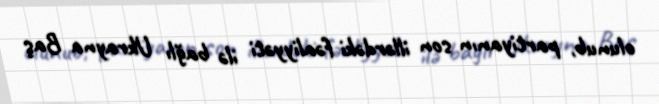
olunub, partiyanın son illərdəki fəaliyyəti ilə bağlı Ukrayna Baş